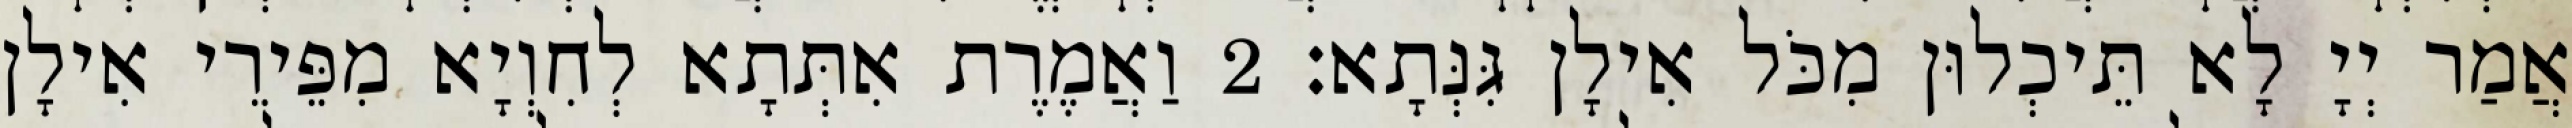
אֲמַר יְיָ לָא תֵּיכְלוּן מִכֹּל אִילָן גִּנְּתָא׃ 2 וַאֲמֶרֶת אִתְּתָא לְחִוְיָא מִפֵּירֵי אִילָן